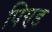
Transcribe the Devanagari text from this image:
पिण्‍ड